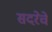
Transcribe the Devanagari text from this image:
सदरेचे